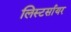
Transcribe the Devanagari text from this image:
लिस्टर्सायर